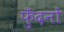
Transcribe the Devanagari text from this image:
फुँदनों